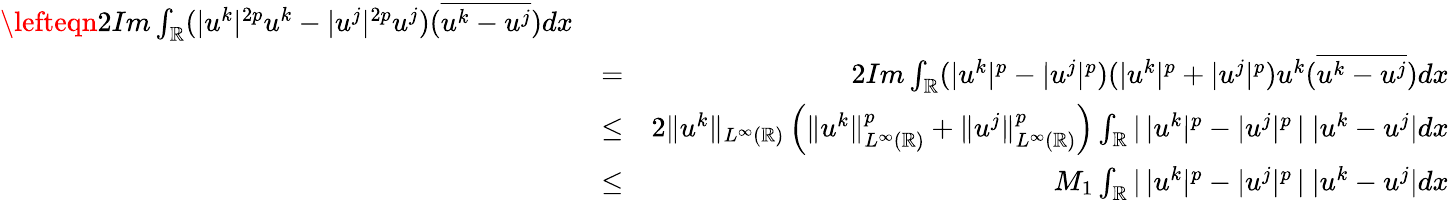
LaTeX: \begin{array}{rlr}{\lefteqn{2Im\int_{\mathbb{R}}(|u^{k}|^{2p}u^{k}-|u^{j}|^{2p}u^{j})(\overline{{u^{k}-u^{j}}})dx}}\\ &{=}&{2Im\int_{\mathbb{R}}(|u^{k}|^{p}-|u^{j}|^{p})(|u^{k}|^{p}+|u^{j}|^{p})u^{k}(\overline{{u^{k}-u^{j}}})dx}\\ &{\leq}&{2\| u^{k}\| _{L^{\infty}(\mathbb{R})}\left(\| u^{k}\| _{L^{\infty}(\mathbb{R})}^{p}+\| u^{j}\| _{L^{\infty}(\mathbb{R})}^{p}\right)\int_{\mathbb{R}}|\, |u^{k}|^{p}-|u^{j}|^{p}\, |\ |u^{k}-u^{j}|dx}\\ &{\leq}&{M_{1}\int_{\mathbb{R}}|\, |u^{k}|^{p}-|u^{j}|^{p}\, |\ |u^{k}-u^{j}|dx}\end{array}